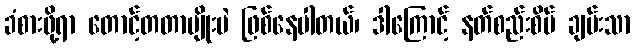
ခံစားဖို့ရာ တောင့်တတာမျိုးပဲ ဖြစ်နေပါတယ်၊ ဒါကြောင့် နတ်စည်းစိမ် ချမ်းသာ